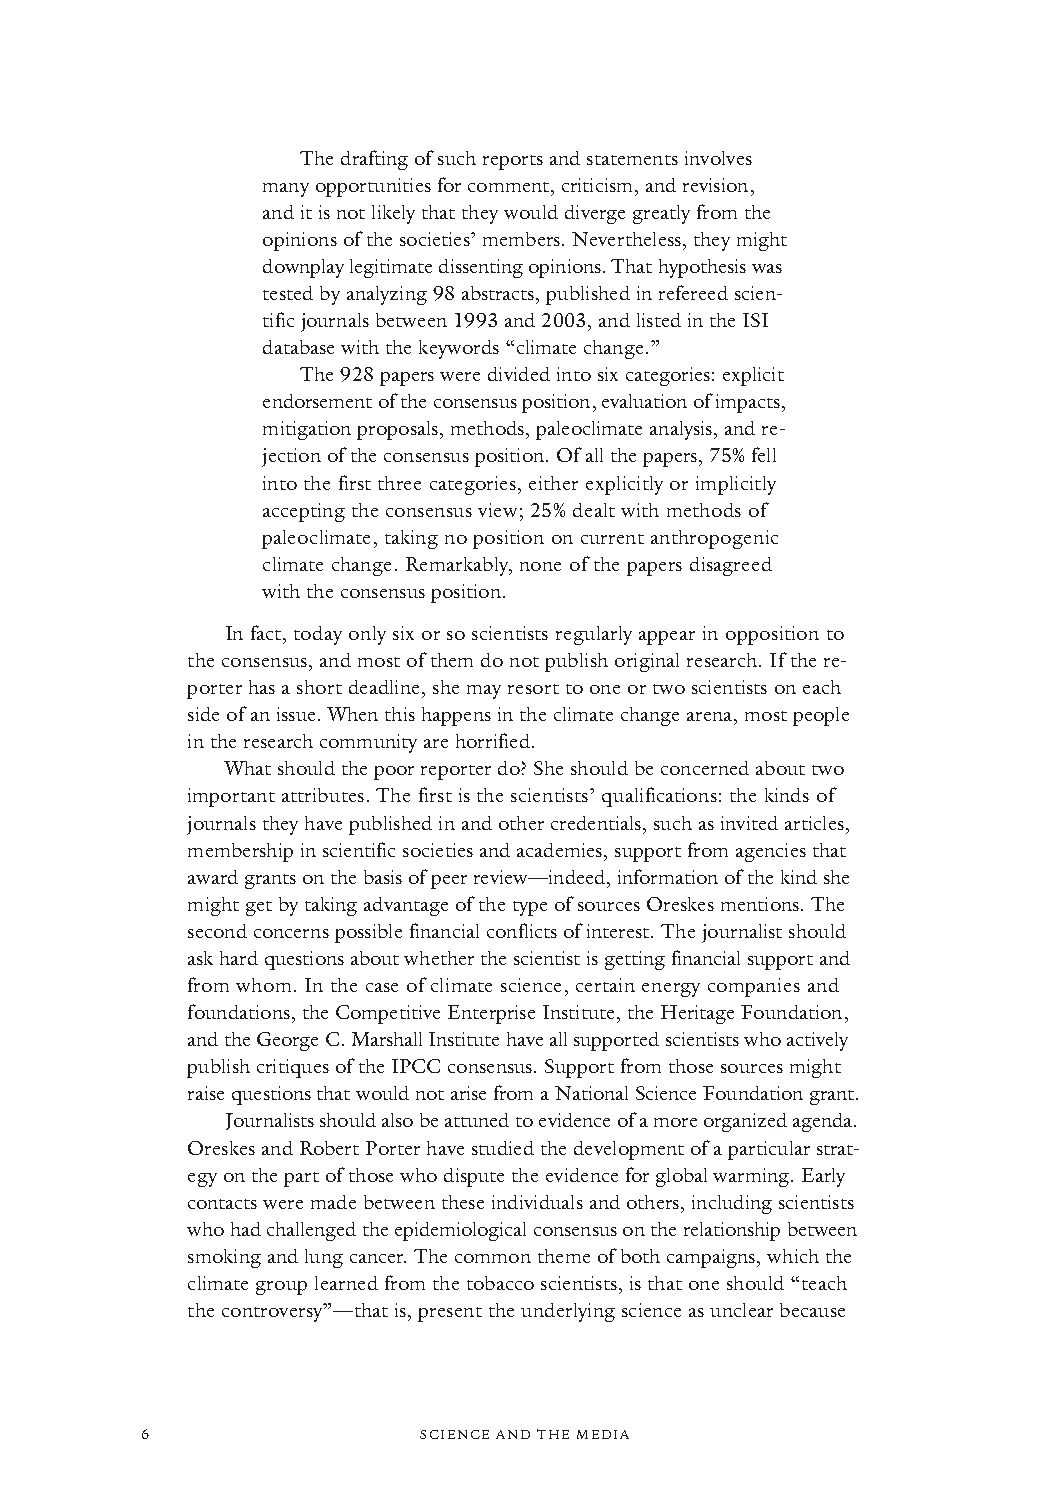
The drafting of such reports and statements involves
 many opportunities for comment, criticism, and revision,
 and it is not likely that they would diverge greatly from the
 opinions of the societies’ members. Nevertheless, they might
 downplay legitimate dissenting opinions. That hypothesis was
 tested by analyzing 98 abstracts, published in refereed scien-
 tific journals between 1993 and 2003, and listed in the ISI
 database with the keywords “climate change.”
 The 928 papers were divided into six categories: explicit
 endorsement of the consensus position, evaluation of impacts,
 mitigation proposals, methods, paleoclimate analysis, and re-
 jection of the consensus position. Of all the papers, 75% fell
 into the first three categories, either explicitly or implicitly
 accepting the consensus view; 25% dealt with methods of
 paleoclimate, taking no position on current anthropogenic
 climate change. Remarkably, none of the papers disagreed
 with the consensus position.
 In fact, today only six or so scientists regularly appear in opposition to
 the consensus, and most of them do not publish original research. If the re-
 porter has a short deadline, she may resort to one or two scientists on each
 side of an issue. When this happens in the climate change arena, most people
 in the research community are horrified.
 What should the poor reporter do? She should be concerned about two
 important attributes. The first is the scientists’ qualifications: the kinds of
 journals they have published in and other credentials, such as invited articles,
 membership in scientific societies and academies, support from agencies that
 award grants on the basis of peer review—indeed, information of the kind she
 might get by taking advantage of the type of sources Oreskes mentions. The
 second concerns possible financial conflicts of interest. The journalist should
 ask hard questions about whether the scientist is getting financial support and
 from whom. In the case of climate science, certain energy companies and
 foundations, the Competitive Enterprise Institute, the Heritage Foundation,
 and the George C. Marshall Institute have all supported scientists who actively
 publish critiques of the IPCC consensus. Support from those sources might
 raise questions that would not arise from a National Science Foundation grant.
 Journalists should also be attuned to evidence of a more organized agenda.
 Oreskes and Robert Porter have studied the development of a particular strat-
 egy on the part of those who dispute the evidence for global warming. Early
 contacts were made between these individuals and others, including scientists
 who had challenged the epidemiological consensus on the relationship between
 smoking and lung cancer. The common theme of both campaigns, which the
 climate group learned from the tobacco scientists, is that one should “teach
 the controversy”—that is, present the underlying science as unclear because
 6                  SCIENCE AND THE MEDIA